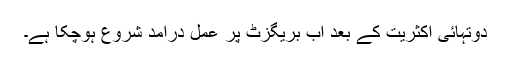
دوتہائی اکثریت کے بعد اب بریگزٹ پر عمل درآمد شروع ہوچکا ہے۔